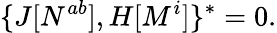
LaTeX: \{ J[N^{ab}],H[M^{i}]\} ^{*}=0.